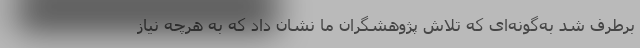
برطرف شد به‌گونه‌ای که تلاش پژوهشگران ما نشان داد که به هرچه نیاز